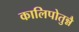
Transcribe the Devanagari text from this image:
कालिपोतुन्नै